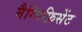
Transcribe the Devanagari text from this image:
मैग्निफ़िसेंट